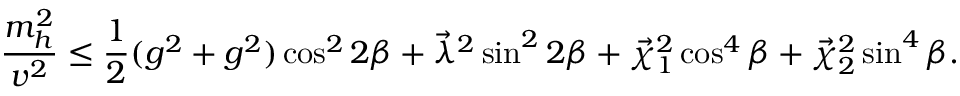
\displaystyle { \frac { m _ { h } ^ { 2 } } { v ^ { 2 } } } \leq \frac { 1 } { 2 } ( g ^ { 2 } + g ^ { 2 } ) \cos ^ { 2 } 2 \beta + \vec { \lambda } ^ { 2 } \sin ^ { 2 } 2 \beta + \vec { \chi } _ { 1 } ^ { 2 } \cos ^ { 4 } \beta + \vec { \chi } _ { 2 } ^ { 2 } \sin ^ { 4 } \beta .